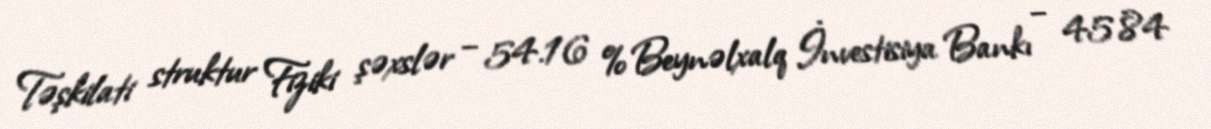
Təşkilati struktur Fiziki şəxslər – 54.16 %Beynəlxalq İnvestisiya Bankı – 45.84